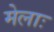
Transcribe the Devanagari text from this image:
मेलाः